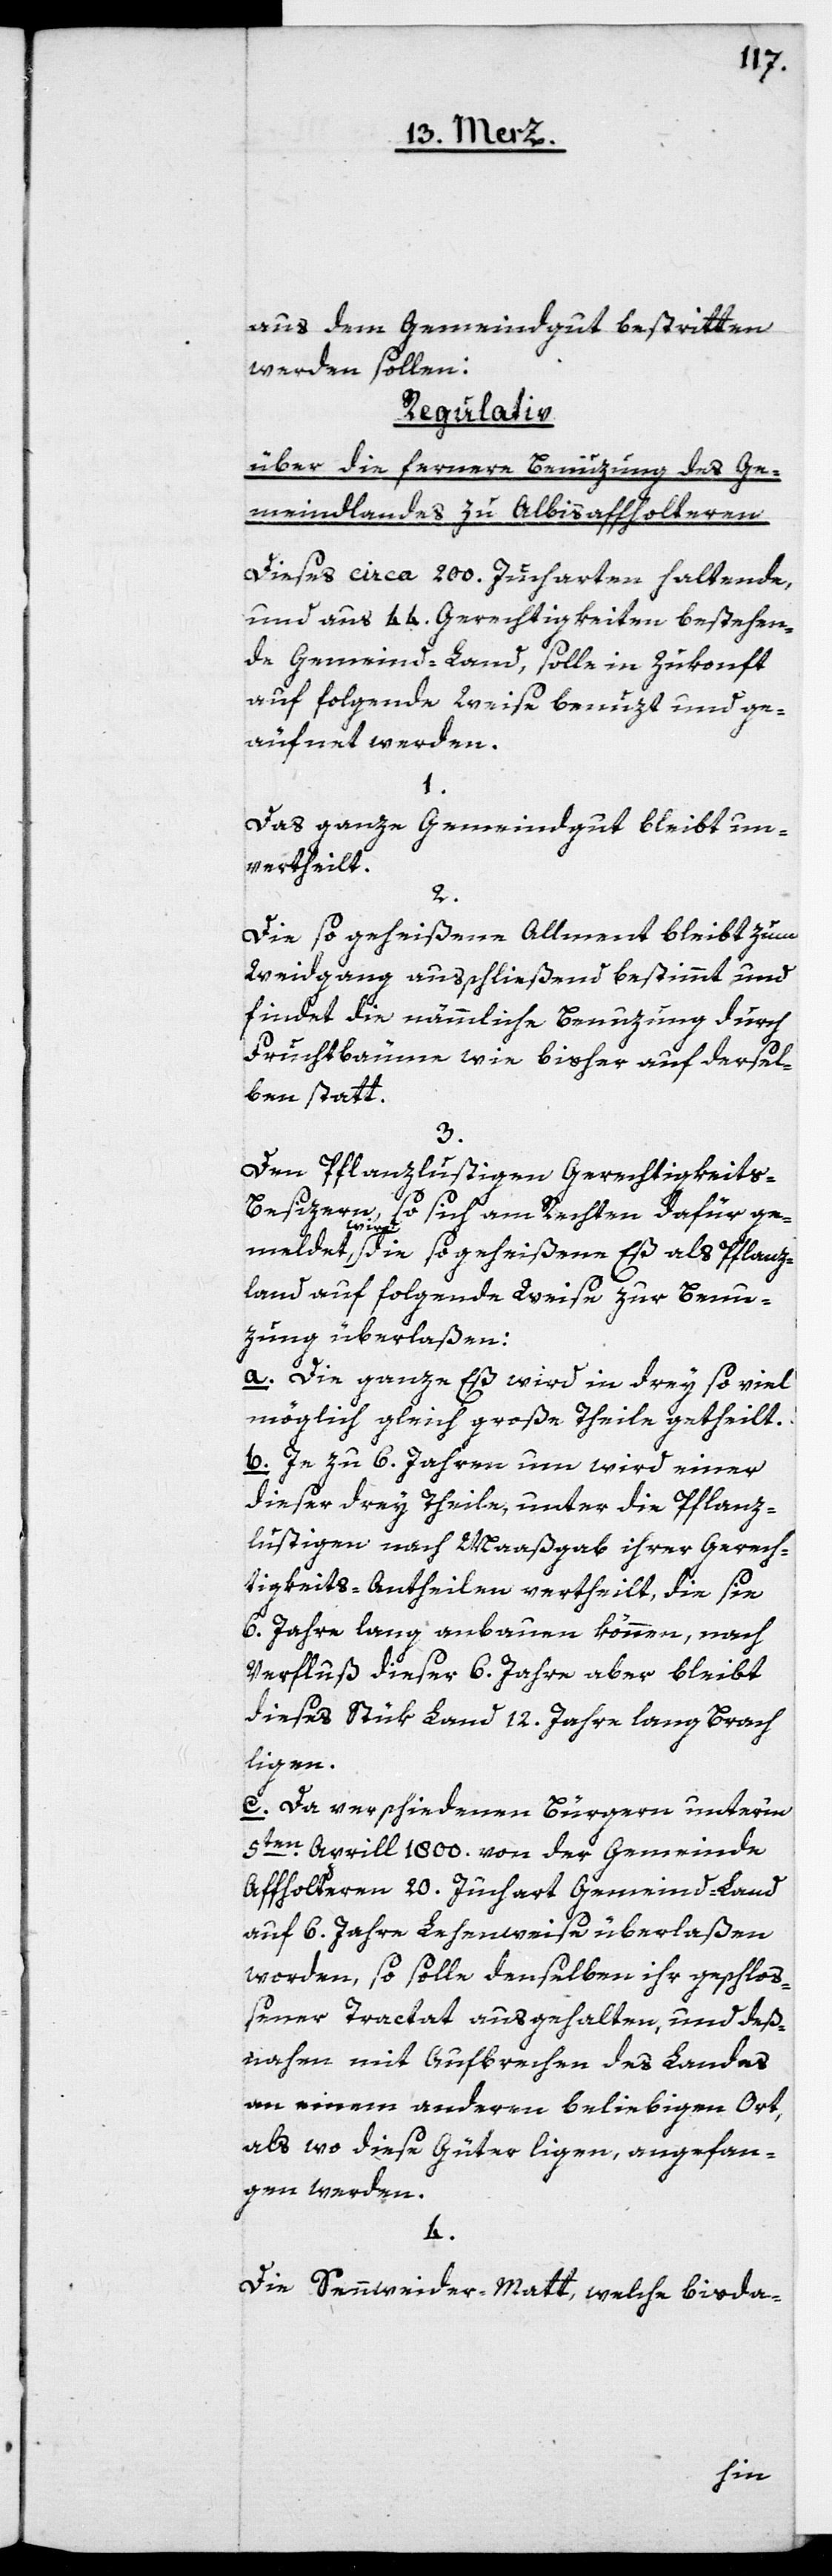
aus dem Gemeindgut bestritten
werden sollen:
Regulativ
über die fernere Benuzung des Ge¬
meindlandes zu Albisaffoltern
Diese circa 200. Jucharten haltende,
und aus 44. Gerechtigkeiten bestehen¬
de Gemeind-Land, solle in Zukonft
auf folgende Weise benuzt und ge¬
äufnet werden.
1.
Das ganze Gemeindgut bleibt un¬
vertheilt.
2.
Die so geheißene Allmend bleibt zum
Weidgang ausschließend bestimmt und
findet die nämmliche Benuzung durch
Fruchtbäume wie bisher auf dersel¬
ben statt.
3.
Den Pflanzlustigen Gerechtigkeits-B¬
esizern, so sich am Rechten dafür ge¬
meldet wird, die so geheißene Eß als Pflanz¬
land auf folgende Weise zur Benu¬
zung überlaßen:
a. Die ganze Eß wird in drey so viel
möglich gleich große Theile getheilt.
b. Je zu 6. Jahren um wird einer
dieser drey Theile, unter die Pfanz¬
lustigen nach Maaßgab ihrer Gerech¬
tigkeits-Antheilen vertheilt, die sie
6. Jahre lang anbauen können, nach
Verfluß dieser 6. Jahre aber bleibt
dieses Stük Land 12. Jahre lang Brach
ligen.
c. Da verschiedenen Bürgern unterm
5ten Aprill 1800. von der Gemeinde
Affoltern 20. Juchart Gemeind-Land
auf 6. Jahre Lehenweise überlaßen
worden, so solle denselben ihr geschloß¬
ener Tractat ausgehalten, und deß¬
nahen mit Aufbrechen des Landes
an einem anderen beliebigen Ort,
als wo diese Güter ligen, angefan¬
gen werden.
4.
Die Sennweider-Matt, welche bis da-